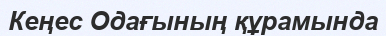
Кеңес Одағының құрамында